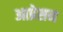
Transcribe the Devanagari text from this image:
आप्रेसन